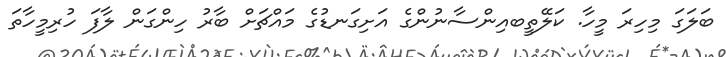
ބަލަގަ މިހިރަ މީހާ. ކަލޭތީބއިންސާނުންގެ އަށިގަނޑުގެ މައްޗަށް ބާރު ހިންގަން ލާފަ ހުރިމީހާތަ